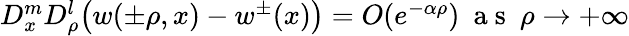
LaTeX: \begin{array}{r}{D_{x}^{m}D_{\rho}^{l}\big(w(\pm\rho,x)-w^{\pm}(x)\big)=O(e^{-\alpha\rho})\ \mathrm{~a~s~}\ \rho\rightarrow+\infty}\end{array}